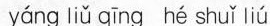
yáng liǔ qīng hé shuǐ liú